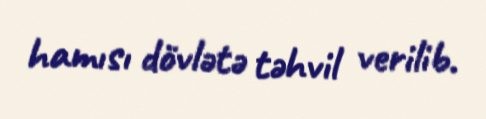
hamısı dövlətə təhvil verilib.